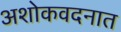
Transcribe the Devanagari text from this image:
अशोकवदनात